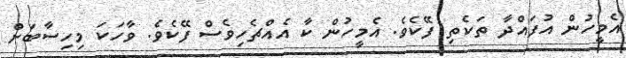
އެމީހުން އުފައްދާ ތަކެތި ފޭކެވެ. އެމީހުން ކާ އެއްޗެހިވެސް ފޭކެވެ. ވާހަކަ މިހިސާބަށް